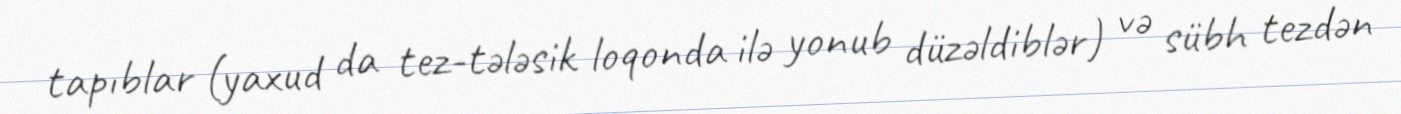
tapıblar (yaxud da tez-tələsik loqonda ilə yonub düzəldiblər) və sübh tezdən